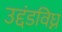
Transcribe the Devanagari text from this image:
उद्दंडविघ्न